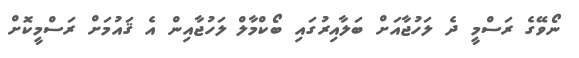
ނޯވޭގެ ރަސްމީ ދެ ލަހުޖާއަށް ބަލާއިރުގައި ބޯކްމާލް ލަހުޖާއިން އެ ޤައުމަށް ރަސްމީކޮށް